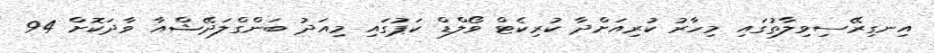
އިނގިރޭސިވިލާތުގައި މިހާރު ކުރިއަށްދާ ކުރިކެޓް ވޯލްޑް ކަޕުގައި މިއަދު ބަންގްލަދޭޝްއާ ވާދަކޮށް 94